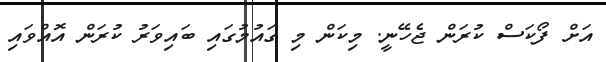
އަށް ފޯކަސް ކުރަން ޖެހޭނީ. މިކަން މި ގައުމުގައި ބައިވަރު ކުރަން އޮއްވައި